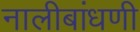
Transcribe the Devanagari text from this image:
नालीबांधणी